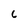
Character: c